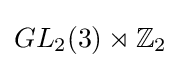
GL_{2}(3)\rtimes \mathbb {Z} _{2}